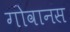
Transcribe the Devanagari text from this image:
गोवानस